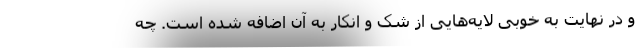
و در نهایت به خوبی لایه‌هایی از شک و انکار به آن اضافه شده است. چه